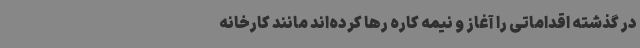
در گذشته اقداماتی را آغاز و نیمه کاره رها کرده‌اند مانند کارخانه